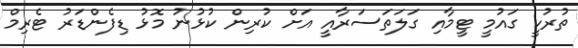
ތުރުކީ ގައުމީ ޓީމާއި ގަލަތަސަރާއީ އަށް ކުރިން ކުޅުނު މޮޅު ޑިފެންޑަރު ޓެރިމް